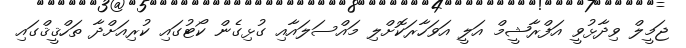
ޖަމީލް ވިދާޅުވީ އަފްރާޝީމް އަލީ އަވަހާރަކޮށްލި މައްސަލައާއި ގުޅިގެން ކޯޓުގައި ކުރިއަށްދާ ތަހްޤީޤްގައި